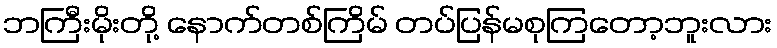
ဘကြီးမိုးတို့ နောက်တစ်ကြိမ် တပ်ပြန်မစုကြတော့ဘူးလား